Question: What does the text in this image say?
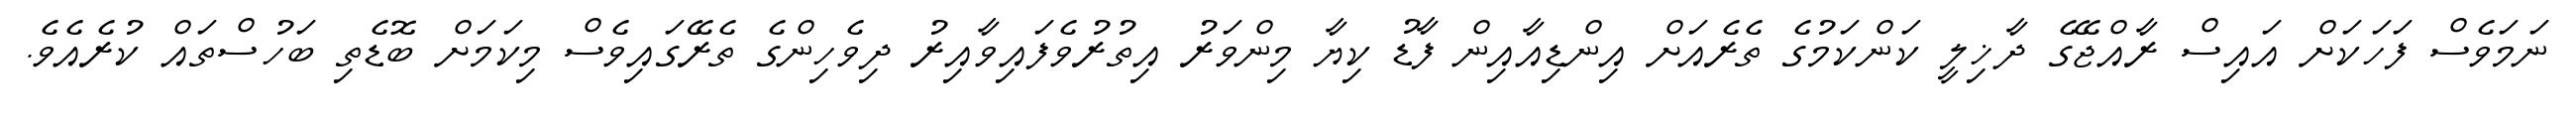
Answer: ނަމަވެސް ފަހަކަށް އައިސް ރާއްޖޭގެ ދާޚިލީ ކަންކަމުގެ ތެރެއަށް އިންޑިއާއިން ފާޑު ކިޔާ މިންވަރު އިތުރުވެފައިވާއިރު ދިވެހިންގެ ތެރޭގައިވެސް މިކަމަށް ބޮޑެތި ބަހުސްތައް ކުރެއެވެ.